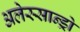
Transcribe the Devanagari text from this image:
अलेस्सान्ड्रो